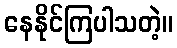
နေနိုင်ကြပါသတဲ့။